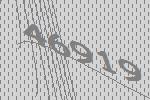
46919